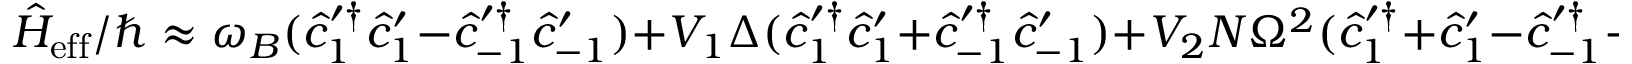
\hat { H } _ { \mathrm { e f f } } / \hbar \approx \omega _ { B } ( \hat { c } _ { 1 } ^ { \prime \dagger } \hat { c } _ { 1 } ^ { \prime } - \hat { c } _ { - 1 } ^ { \prime \dagger } \hat { c } _ { - 1 } ^ { \prime } ) + V _ { 1 } \Delta ( \hat { c } _ { 1 } ^ { \prime \dagger } \hat { c } _ { 1 } ^ { \prime } + \hat { c } _ { - 1 } ^ { \prime \dagger } \hat { c } _ { - 1 } ^ { \prime } ) + V _ { 2 } N \Omega ^ { 2 } ( \hat { c } _ { 1 } ^ { \prime \dagger } + \hat { c } _ { 1 } ^ { \prime } - \hat { c } _ { - 1 } ^ { \prime \dagger } - \hat { c } _ { - 1 } ^ { \prime } ) ^ { 2 }